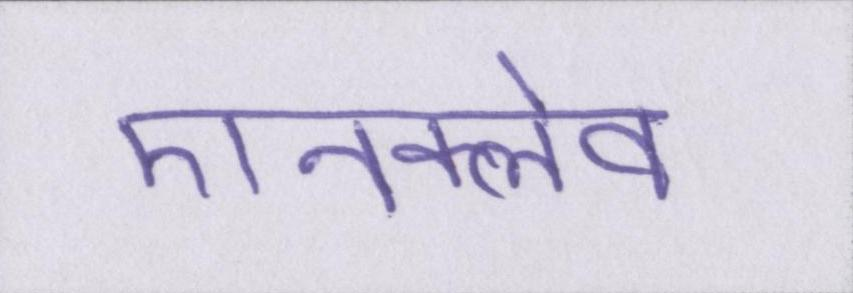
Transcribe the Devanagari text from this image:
एनक्लेव